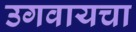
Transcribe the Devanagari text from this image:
उगवायचा